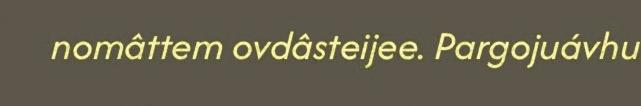
nomâttem ovdâsteijee. Pargojuávhu